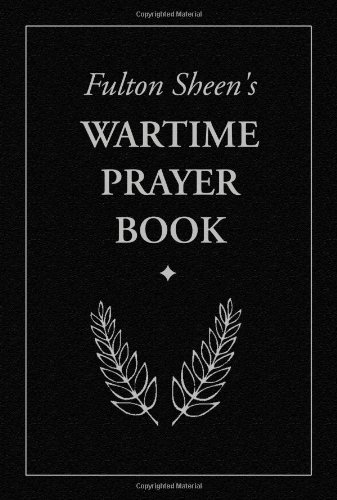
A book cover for Fulton Sheen's Wartime Prayer Book; Fulton J. Sheen; Christian Books & Bibles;